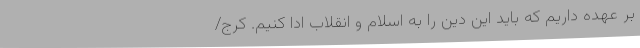
بر عهده داریم که باید این دین را به اسلام و انقلاب ادا کنیم. کرج/